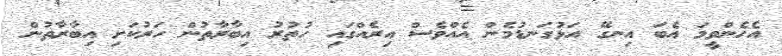
އެހެންވީމަ އެބަ އިނގޭ އަޅުގަނޑުމެން އެއްވެސް އިރެއްގައި ހުތުރު އިބާރާތުން ހަރުކަށި އިބާރާތުން